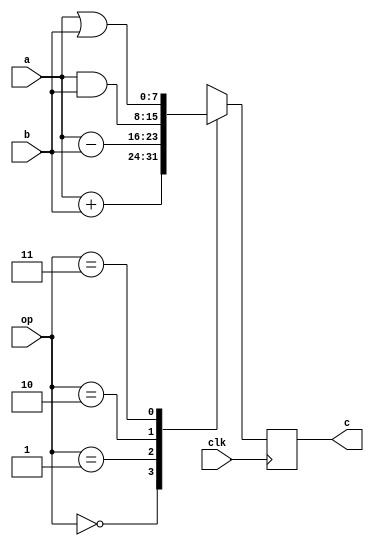

module AluSeq(
  input clk, 
  input [7:0] a, 
  input [7:0] b, 
  input [1:0] op, 
  output [7:0] c);

  reg [7:0] c_reg;
  assign c = c_reg;

  always @(posedge clk) begin     //@(posedge) == borda de subida
    case (op)
      0: c_reg <= a + b;
      1: c_reg <= a - b;
      2: c_reg <= a & b;
      3: c_reg <= a | b;
      default: c_reg <= 0;
    endcase
  end

endmodule

module test(output v);

  reg clk;
  always #3 clk <= ~clk;

  reg [7:0] a;
  reg [7:0] b;
  reg [1:0] op;

  wire [7:0] c;

  AluSeq A(clk, a, b, op, c);


  initial begin
    $dumpvars(0, A);
    #2;
    clk <= 0;
    #10;
    a <= 7;
    b <= 3;
    op <= 0;
    #20;
    op <= 1;
    #30;
    op <= 2;
    #40;
    op <= 3;
    #50;
    op <= 0;
    #500;
    $finish;
  end
endmodule